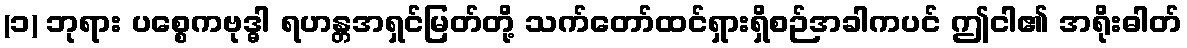
(၁) ဘုရား ပစ္စေကဗုဒ္ဓါ ရဟန္တအရှင်မြတ်တို့ သက်တော်ထင်ရှားရှိစဉ်အခါကပင် ဤငါ၏ အရိုးဓါတ်